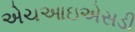
એચઆઇએસડી